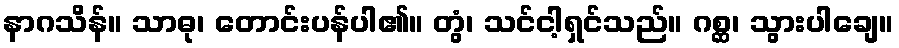
နာဂသိန်။ သာဓု၊ တောင်းပန်ပါ၏။ တွံ၊ သင်ငါ့ရှင်သည်။ ဂစ္ဆ၊ သွားပါချေ။